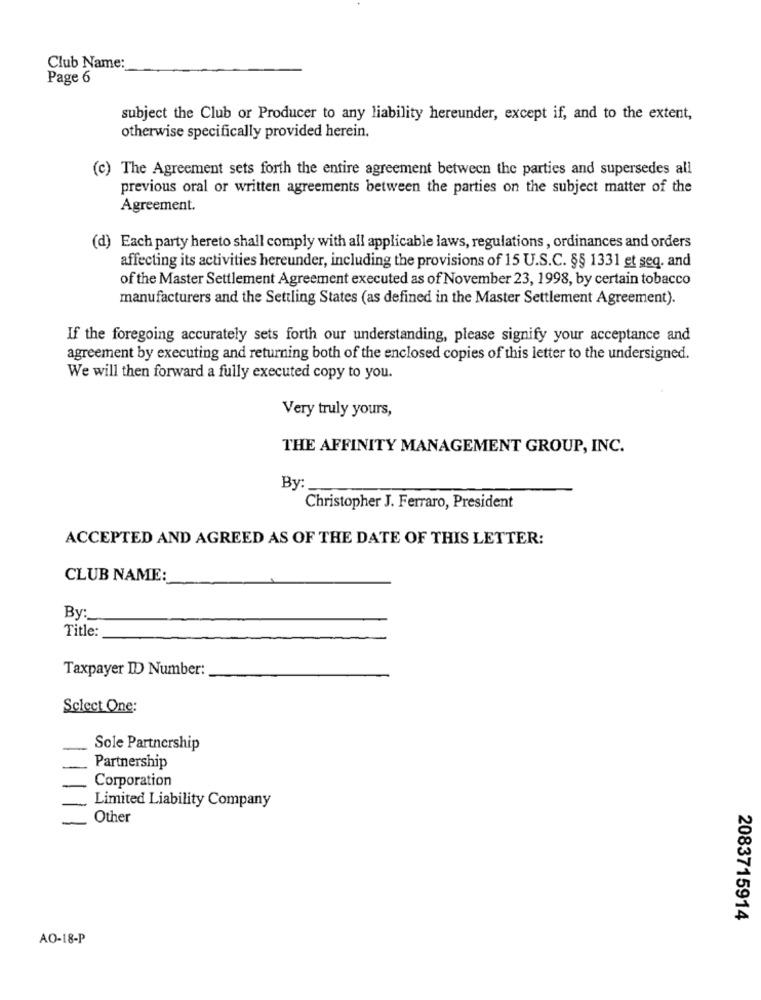
Club Name:
Page 6
subject the Club or Producer to any liability hereunder, except if, and to the extent,
otherwise specifically provided herein.
(c) The Agreement sets forth the entire agreement between the parties and supersedes all
previous oral or written agreements between the parties on the subject matter of the
Agreement.
(d) Each party hereto shall comply with all applicable laws, regulations, ordinances and orders
affecting its activities hereunder, including the provisions of 15 U.S.C. §§ 1331 et seq. and
of the Master Settlement Agreement executed as of November 23, 1998, by certain tobacco
manufacturers and the Settling States (as defined in the Master Settlement Agreement).
If the foregoing accurately sets forth our understanding, please signify your acceptance and
agreement by executing and returning both of the enclosed copies of this letter to the undersigned.
We will then forward a fully executed copy to you.
Very truly yours,
THE AFFINITY MANAGEMENT GROUP, INC.
By:
Christopher J. Ferraro, President
ACCEPTED AND AGREED AS OF THE DATE OF THIS LETTER:
CLUB NAME:
By :_
Title:
Taxpayer ID Number:
Select One:
Sole Partnership
Partnership
Corporation
Limited Liability Company
Other
2083715914
AO-18-P